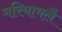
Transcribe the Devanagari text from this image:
मरियामलै